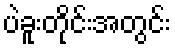
ပဲခူးတိုင်းအတွင်း